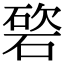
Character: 𥔩